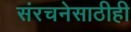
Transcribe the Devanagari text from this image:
संरचनेसाठीही